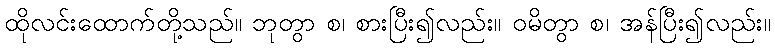
ထိုလင်းထောက်တို့သည်။ ဘုတွာ စ၊ စားပြီး၍လည်း။ ဝမိတွာ စ၊ အန်ပြီး၍လည်း။